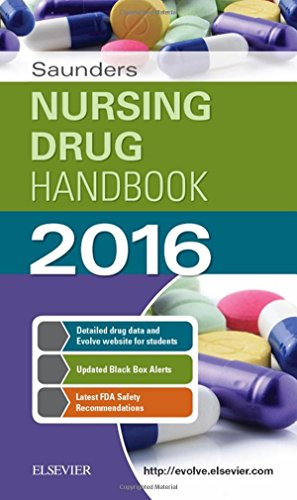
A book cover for Saunders Nursing Drug Handbook 2016, 1e; Robert J. Kizior BS  RPh; Medical Books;